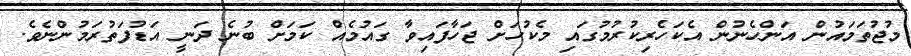
މުޖުތަމައުން އަންހެނުން އެކަހެރިކުރުމުގައި މެކުހަށް ޖަހާފައިވާ ގައުމެއް ކަމަށް ބުނެ ދަނީ އަޑުފަތުރަމުންނެވެ.